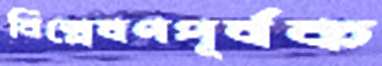
বিশ্লেষণপূর্বক